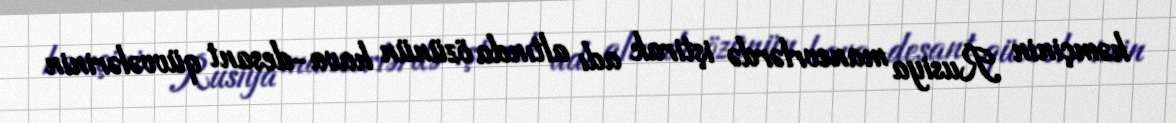
həmçinin Rusiya manevrlərdə iştirak adı altında özünün hava-desant qüvvələrinin